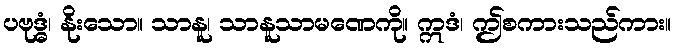
ပဗုဒ္ဓံ၊ နိုးသော။ သာနူ၊ သာနူသာမဏေကို။ ဣဒံ၊ ဤစကားသည်ကား။